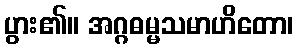
ပွား၏။ အဂ္ဂဓမ္မသမာဟိတော၊